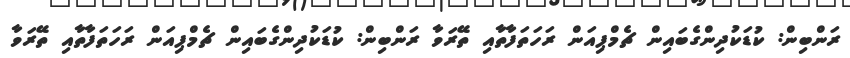
ރަންބިން: ކުޑަކުދިންގެބައިން ޗެމްޕިއަން ރަހަތަފާތާއި ތޭރަވާ ރަންބިން: ކުޑަކުދިންގެބައިން ޗެމްޕިއަން ރަހަތަފާތާއި ތޭރަވާ